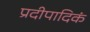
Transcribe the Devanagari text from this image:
प्रदीपादिकं